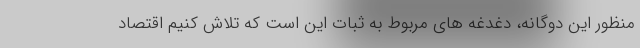
منظور این دوگانه، دغدغه های مربوط به ثبات این است که تلاش کنیم اقتصاد